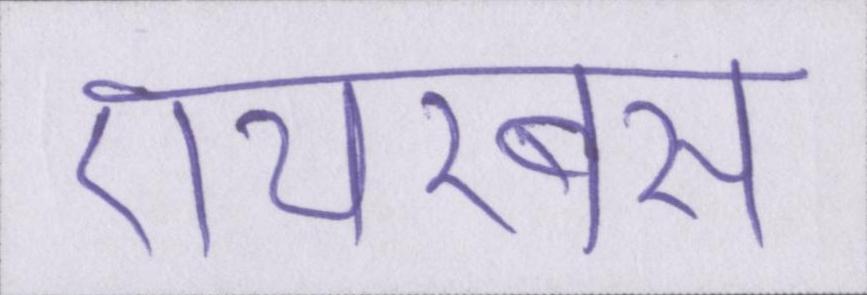
एयरबस